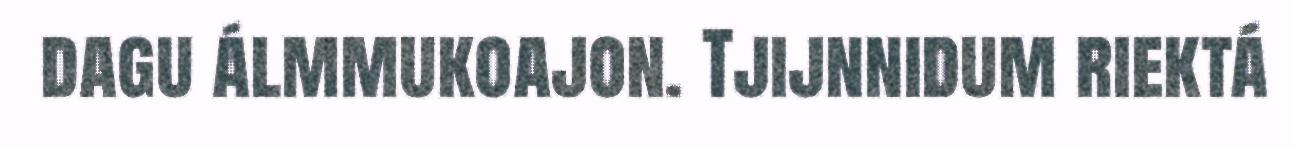
dagu álmmukoajon. Tjijnnidum riektá